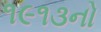
૧૯૧૩નો